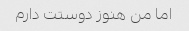
اما من هنوز دوستت دارم